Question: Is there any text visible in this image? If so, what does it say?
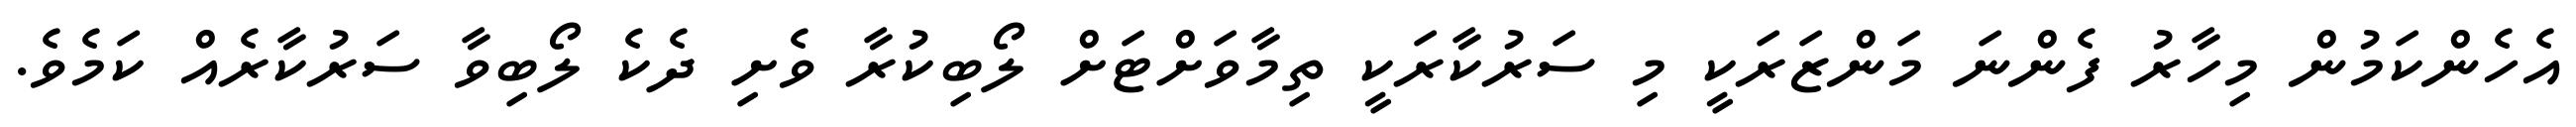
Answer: އެހެންކަމުން މިހާރު ފެންނަ މަންޒަރަކީ މި ސަރުކާރަކީ ތިމާވަށްޓަށް ލޯބިކުރާ ވެށި ދެކެ ލޯބިވާ ސަރުކާރެއް ކަމެވެ.